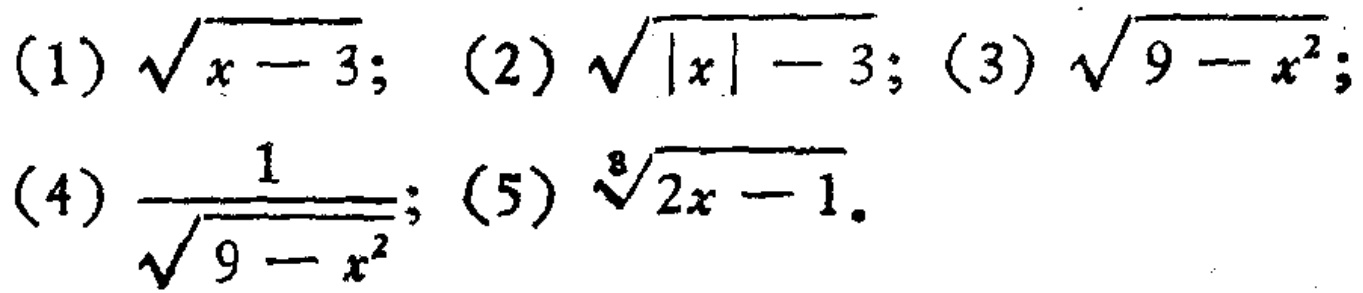
(1) $\sqrt{x - 3}$; (2) $\sqrt{|x| - 3}$; (3) $\sqrt{9 - x^{2}}$; (4) $\frac{1}{\sqrt{9 - x^{2}}}$; (5) $\sqrt[3]{2x - 1}$